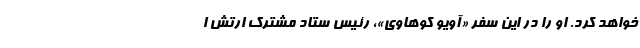
خواهد کرد. او را در این سفر «آویو کوهاوی»، رئیس ستاد مشترک ارتش ا